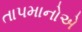
તાપમાનોએ